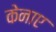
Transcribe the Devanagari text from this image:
केनाए